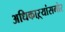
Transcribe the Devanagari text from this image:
अधिकाऱ्यांसमोर